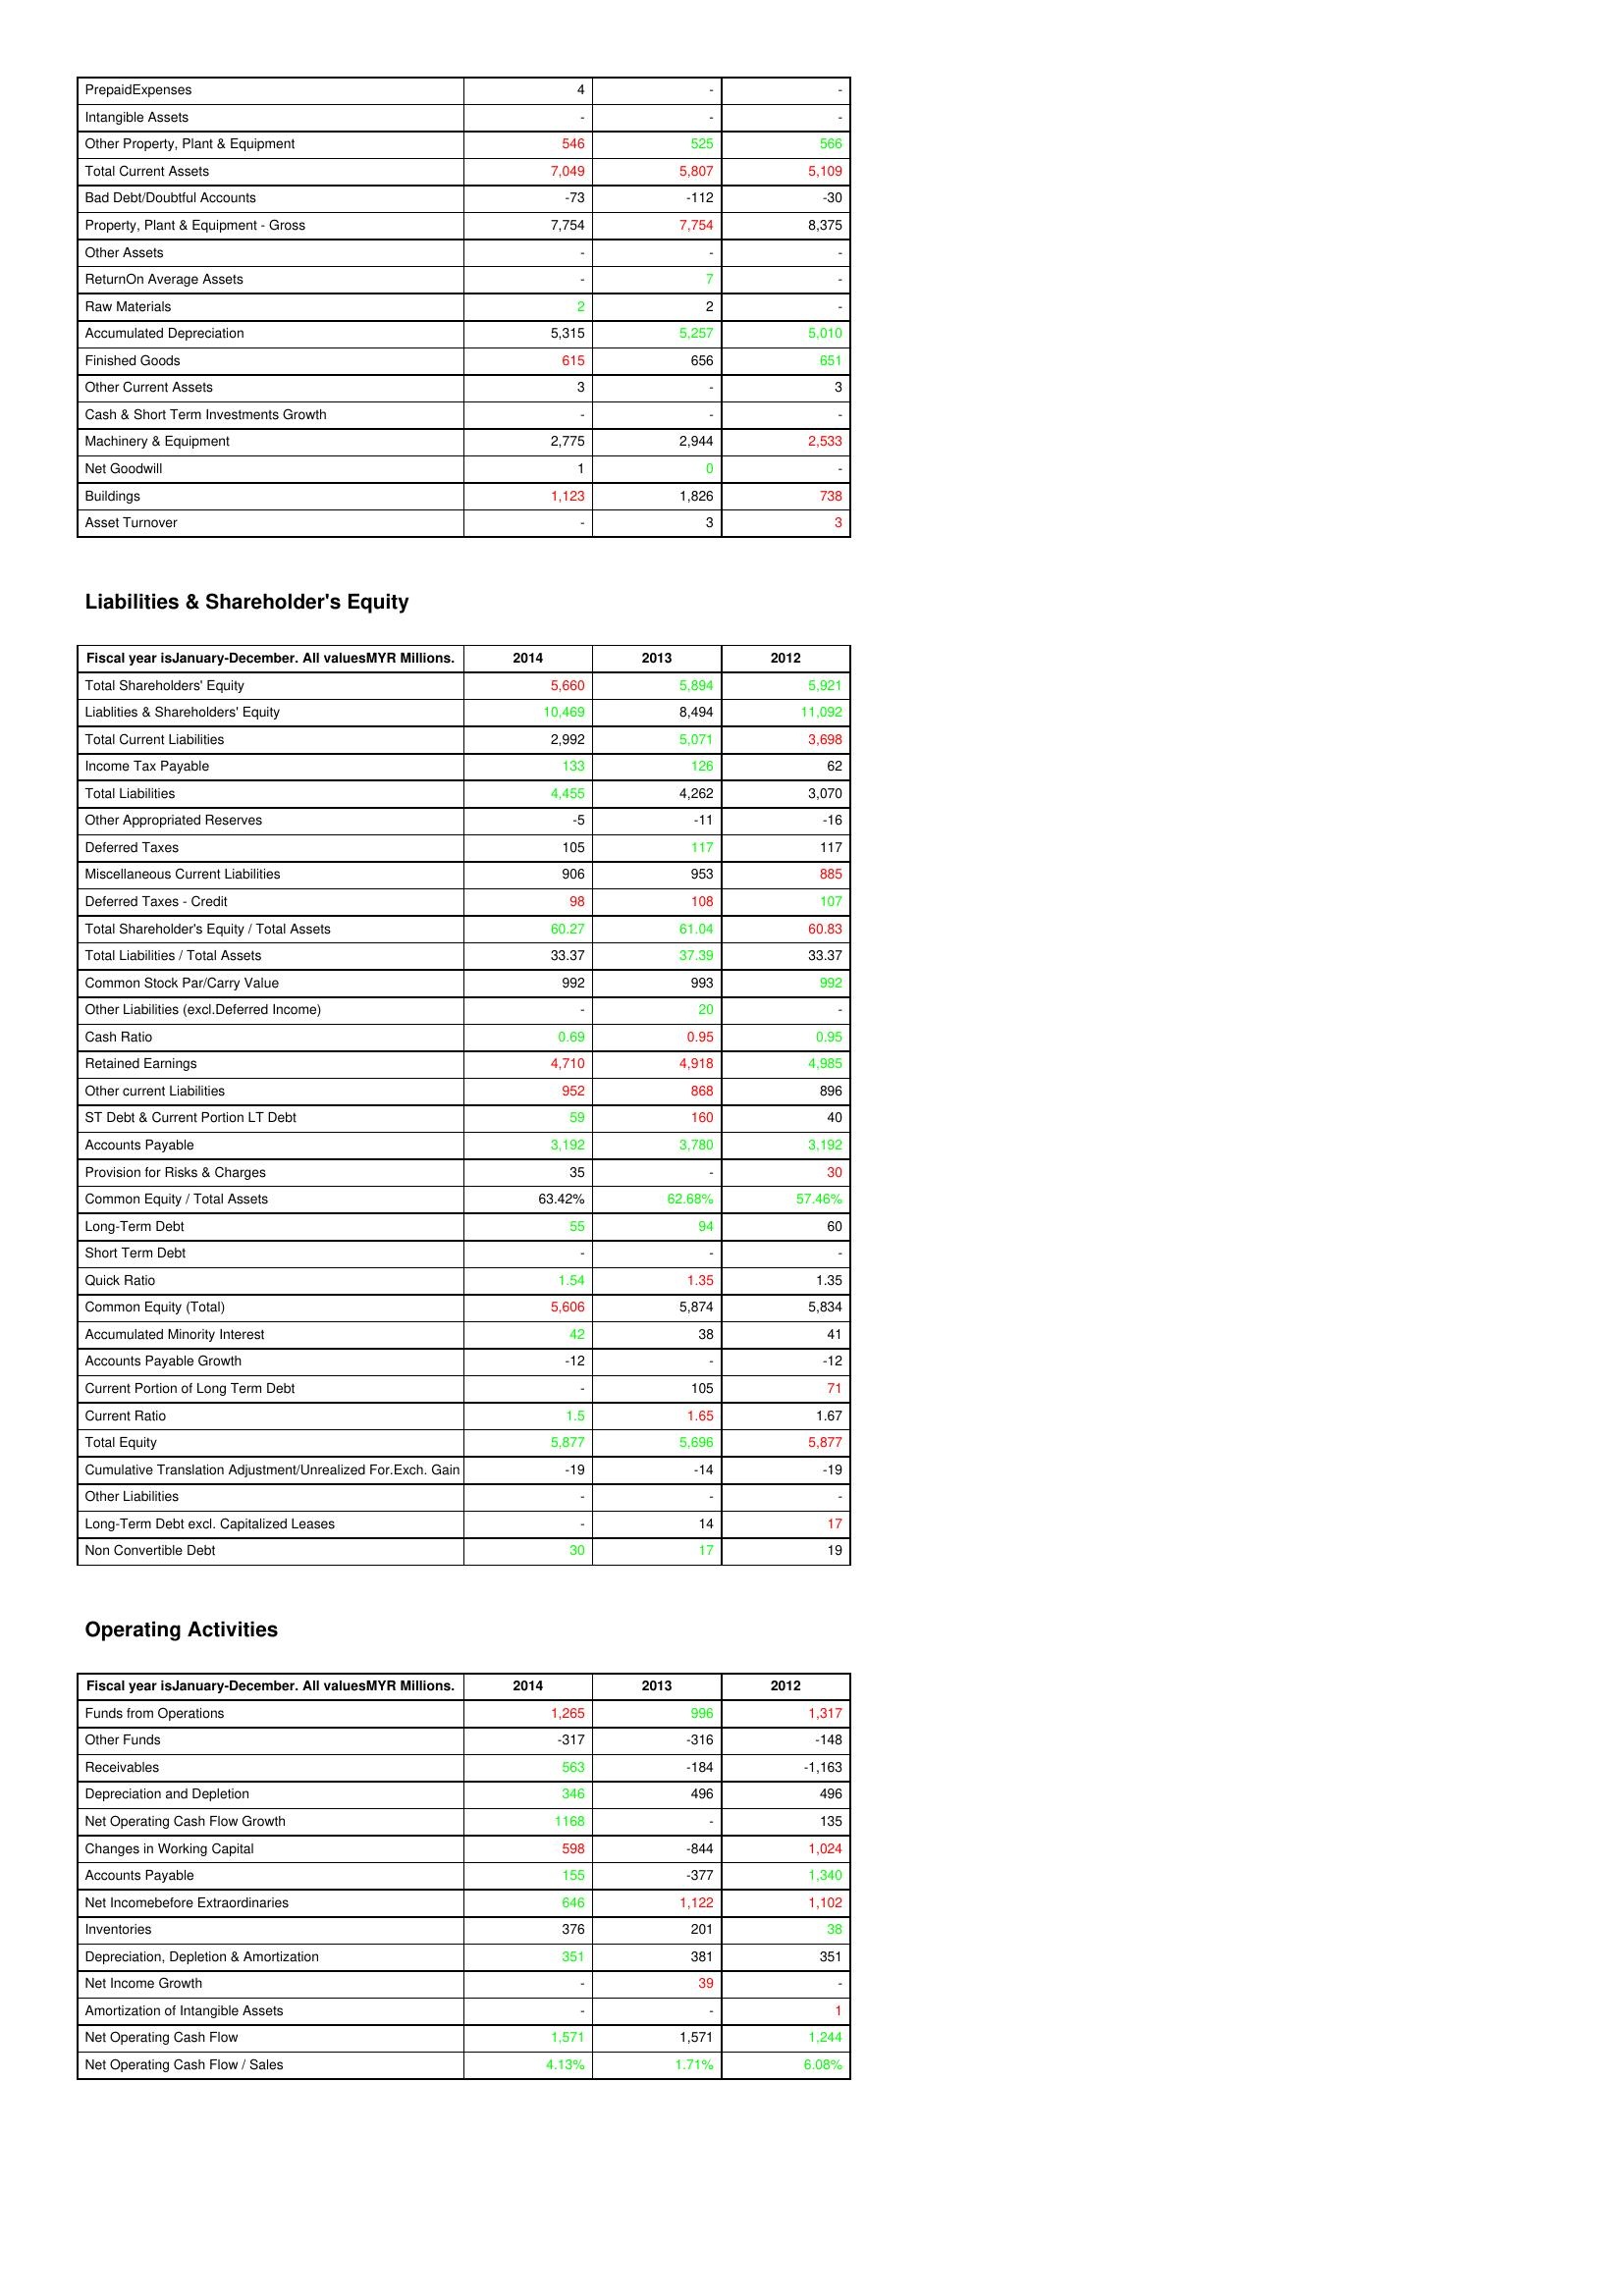
gt_parse: 2014: Assets: PrepaidExpenses: 4
Intangible Assets: -
Other Property, Plant & Equipment: 546
Total Current Assets: 7,049
Bad Debt/Doubtful Accounts: -73
Property, Plant & Equipment - Gross : 7,754
Other Assets: -
ReturnOn Average Assets: -
Raw Materials: 2
Accumulated Depreciation: 5,315
Finished Goods: 615
Other Current Assets: 3
Cash & Short Term Investments Growth: -
Machinery & Equipment: 2,775
Net Goodwill: 1
Buildings: 1,123
Asset Turnover: -
Liabilities & Shareholder's Equity: Total Shareholders' Equity: 5,660
Liablities & Shareholders' Equity: 10,469
Total Current Liabilities: 2,992
Income Tax Payable: 133
Total Liabilities: 4,455
Other Appropriated Reserves: -5
Deferred Taxes: 105
Miscellaneous Current Liabilities: 906
Deferred Taxes - Credit: 98
Total Shareholder's Equity / Total Assets: 60.27
Total Liabilities / Total Assets: 33.37
Common Stock Par/Carry Value: 992
Other Liabilities (excl.Deferred Income): -
Cash Ratio: 0.69
Retained Earnings: 4,710
Other current Liabilities: 952
ST Debt & Current Portion LT Debt: 59
Accounts Payable: 3,192
Provision for Risks & Charges: 35
Common Equity / Total Assets: 63.42%
Long-Term Debt: 55
Short Term Debt: -
Quick Ratio: 1.54
Common Equity (Total): 5,606
Accumulated Minority Interest: 42
Accounts Payable Growth: -12
Current Portion of Long Term Debt: -
Current Ratio: 1.5
Total Equity: 5,877
Cumulative Translation Adjustment/Unrealized For.Exch. Gain: -19
Other Liabilities: -
Long-Term Debt excl. Capitalized Leases: -
Non Convertible Debt: 30
Operating Activities: Funds from Operations: 1,265
Other Funds: -317
Receivables: 563
Depreciation and Depletion: 346
Net Operating Cash Flow Growth: 1168
Changes in Working Capital: 598
Accounts Payable: 155
Net Incomebefore Extraordinaries: 646
Inventories: 376
Depreciation, Depletion & Amortization: 351
Net Income Growth: -
Amortization of Intangible Assets: -
Net Operating Cash Flow: 1,571
Net Operating Cash Flow / Sales: 4.13%
2013: Assets: PrepaidExpenses: -
Intangible Assets: -
Other Property, Plant & Equipment: 525
Total Current Assets: 5,807
Bad Debt/Doubtful Accounts: -112
Property, Plant & Equipment - Gross : 7,754
Other Assets: -
ReturnOn Average Assets: 7
Raw Materials: 2
Accumulated Depreciation: 5,257
Finished Goods: 656
Other Current Assets: -
Cash & Short Term Investments Growth: -
Machinery & Equipment: 2,944
Net Goodwill: 0
Buildings: 1,826
Asset Turnover: 3
Liabilities & Shareholder's Equity: Total Shareholders' Equity: 5,894
Liablities & Shareholders' Equity: 8,494
Total Current Liabilities: 5,071
Income Tax Payable: 126
Total Liabilities: 4,262
Other Appropriated Reserves: -11
Deferred Taxes: 117
Miscellaneous Current Liabilities: 953
Deferred Taxes - Credit: 108
Total Shareholder's Equity / Total Assets: 61.04
Total Liabilities / Total Assets: 37.39
Common Stock Par/Carry Value: 993
Other Liabilities (excl.Deferred Income): 20
Cash Ratio: 0.95
Retained Earnings: 4,918
Other current Liabilities: 868
ST Debt & Current Portion LT Debt: 160
Accounts Payable: 3,780
Provision for Risks & Charges: -
Common Equity / Total Assets: 62.68%
Long-Term Debt: 94
Short Term Debt: -
Quick Ratio: 1.35
Common Equity (Total): 5,874
Accumulated Minority Interest: 38
Accounts Payable Growth: -
Current Portion of Long Term Debt: 105
Current Ratio: 1.65
Total Equity: 5,696
Cumulative Translation Adjustment/Unrealized For.Exch. Gain: -14
Other Liabilities: -
Long-Term Debt excl. Capitalized Leases: 14
Non Convertible Debt: 17
Operating Activities: Funds from Operations: 996
Other Funds: -316
Receivables: -184
Depreciation and Depletion: 496
Net Operating Cash Flow Growth: -
Changes in Working Capital: -844
Accounts Payable: -377
Net Incomebefore Extraordinaries: 1,122
Inventories: 201
Depreciation, Depletion & Amortization: 381
Net Income Growth: 39
Amortization of Intangible Assets: -
Net Operating Cash Flow: 1,571
Net Operating Cash Flow / Sales: 1.71%
2012: Assets: PrepaidExpenses: -
Intangible Assets: -
Other Property, Plant & Equipment: 566
Total Current Assets: 5,109
Bad Debt/Doubtful Accounts: -30
Property, Plant & Equipment - Gross : 8,375
Other Assets: -
ReturnOn Average Assets: -
Raw Materials: -
Accumulated Depreciation: 5,010
Finished Goods: 651
Other Current Assets: 3
Cash & Short Term Investments Growth: -
Machinery & Equipment: 2,533
Net Goodwill: -
Buildings: 738
Asset Turnover: 3
Liabilities & Shareholder's Equity: Total Shareholders' Equity: 5,921
Liablities & Shareholders' Equity: 11,092
Total Current Liabilities: 3,698
Income Tax Payable: 62
Total Liabilities: 3,070
Other Appropriated Reserves: -16
Deferred Taxes: 117
Miscellaneous Current Liabilities: 885
Deferred Taxes - Credit: 107
Total Shareholder's Equity / Total Assets: 60.83
Total Liabilities / Total Assets: 33.37
Common Stock Par/Carry Value: 992
Other Liabilities (excl.Deferred Income): -
Cash Ratio: 0.95
Retained Earnings: 4,985
Other current Liabilities: 896
ST Debt & Current Portion LT Debt: 40
Accounts Payable: 3,192
Provision for Risks & Charges: 30
Common Equity / Total Assets: 57.46%
Long-Term Debt: 60
Short Term Debt: -
Quick Ratio: 1.35
Common Equity (Total): 5,834
Accumulated Minority Interest: 41
Accounts Payable Growth: -12
Current Portion of Long Term Debt: 71
Current Ratio: 1.67
Total Equity: 5,877
Cumulative Translation Adjustment/Unrealized For.Exch. Gain: -19
Other Liabilities: -
Long-Term Debt excl. Capitalized Leases: 17
Non Convertible Debt: 19
Operating Activities: Funds from Operations: 1,317
Other Funds: -148
Receivables: -1,163
Depreciation and Depletion: 496
Net Operating Cash Flow Growth: 135
Changes in Working Capital: 1,024
Accounts Payable: 1,340
Net Incomebefore Extraordinaries: 1,102
Inventories: 38
Depreciation, Depletion & Amortization: 351
Net Income Growth: -
Amortization of Intangible Assets: 1
Net Operating Cash Flow: 1,244
Net Operating Cash Flow / Sales: 6.08%